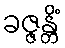
ခဇ္ဇန္တိံ